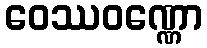
ဝေဿဝဏ္ဏော